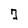
Character: 7